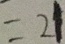
= 2 1